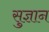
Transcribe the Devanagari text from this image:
सुज्ञान